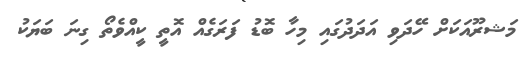
މަޝރޫއަކަށް ހޭދަވި އަދަދުގައި މިހާ ބޮޑު ފަރަގެއް އޮތީ ކީއްވެތޯ ގިނަ ބަޔަކު